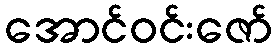
အောင်ဝင်းဇော်